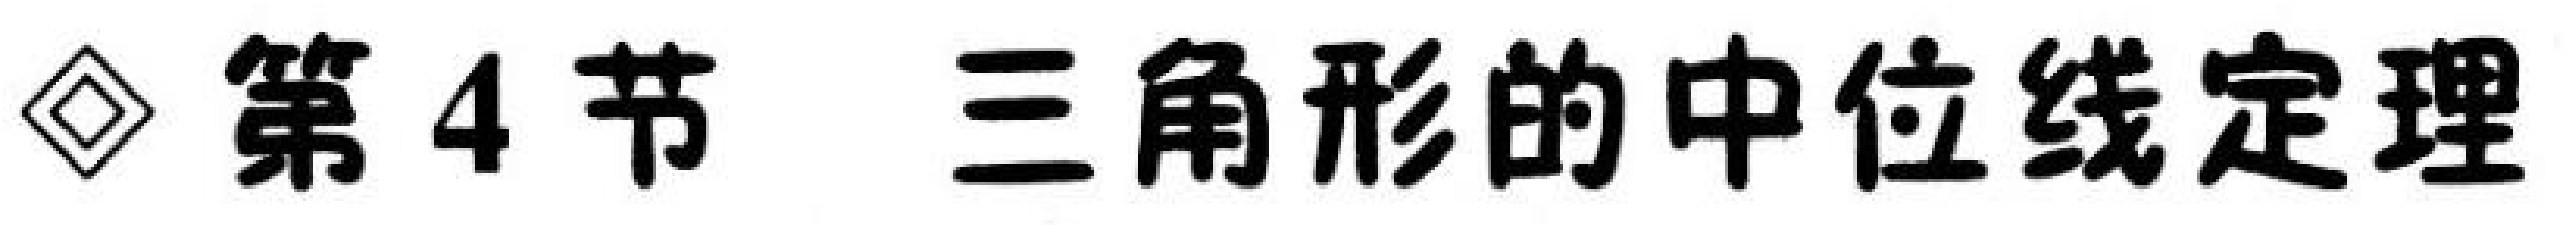
$\lozenge$ 第4节  三角形的中位线定理